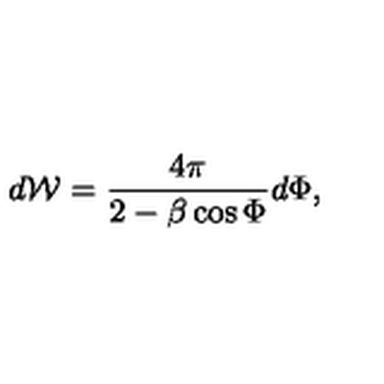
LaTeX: d { \mathcal W } = \frac { 4 \pi } { 2 - \beta \cos \Phi } d \Phi ,